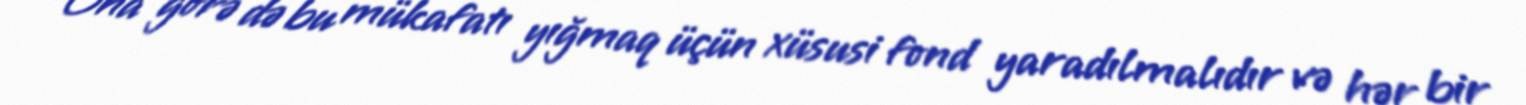
Ona görə də bu mükafatı yığmaq üçün xüsusi fond yaradılmalıdır və hər bir